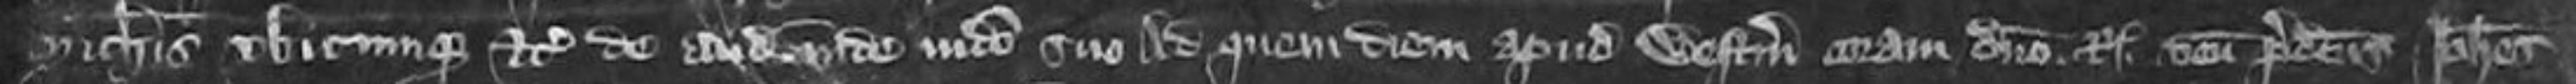
Michaelis ubicumque etc de audiendum inde iudicio suo Ad quem diem apud Westmonasterium coram domino Regi venit predictus Johannes